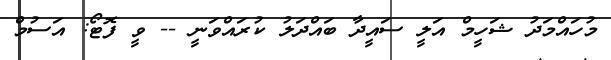
މުހައްމަދު ޝަހީމް އަލީ ސައީދާ ބައްދަލު ކުރައްވަނީ -- ވީ ފޮޓޯ: އަސުމް